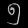
Digit: ၅